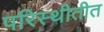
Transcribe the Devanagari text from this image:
परिस्थीतीत